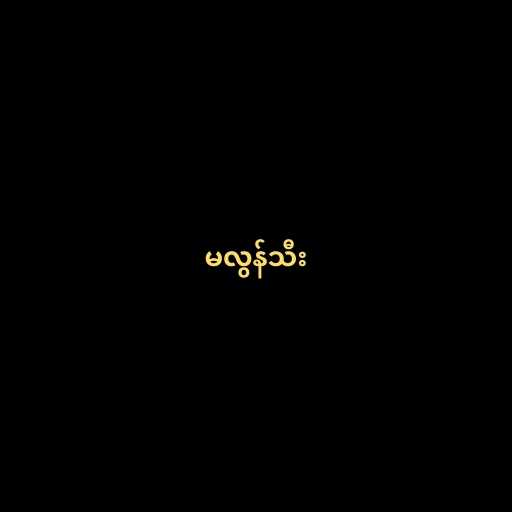
မလွန်သီး